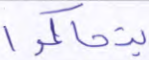
يتحاكموا